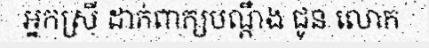
អ្នកស្រី ដាក់ពាក្យបណ្តឹង ជូន លោក